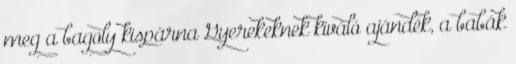
meg a bagoly kispárna Gyerekeknek kiváló ajándék, a babák